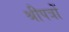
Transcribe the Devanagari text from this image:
श्रीपत्रों